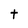
Character: t